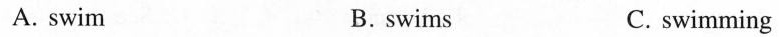
A. swim B.swims C. swimming